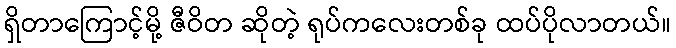
ရှိတာကြောင့်မို့ ဇီဝိတ ဆိုတဲ့ ရုပ်ကလေးတစ်ခု ထပ်ပိုလာတယ်။